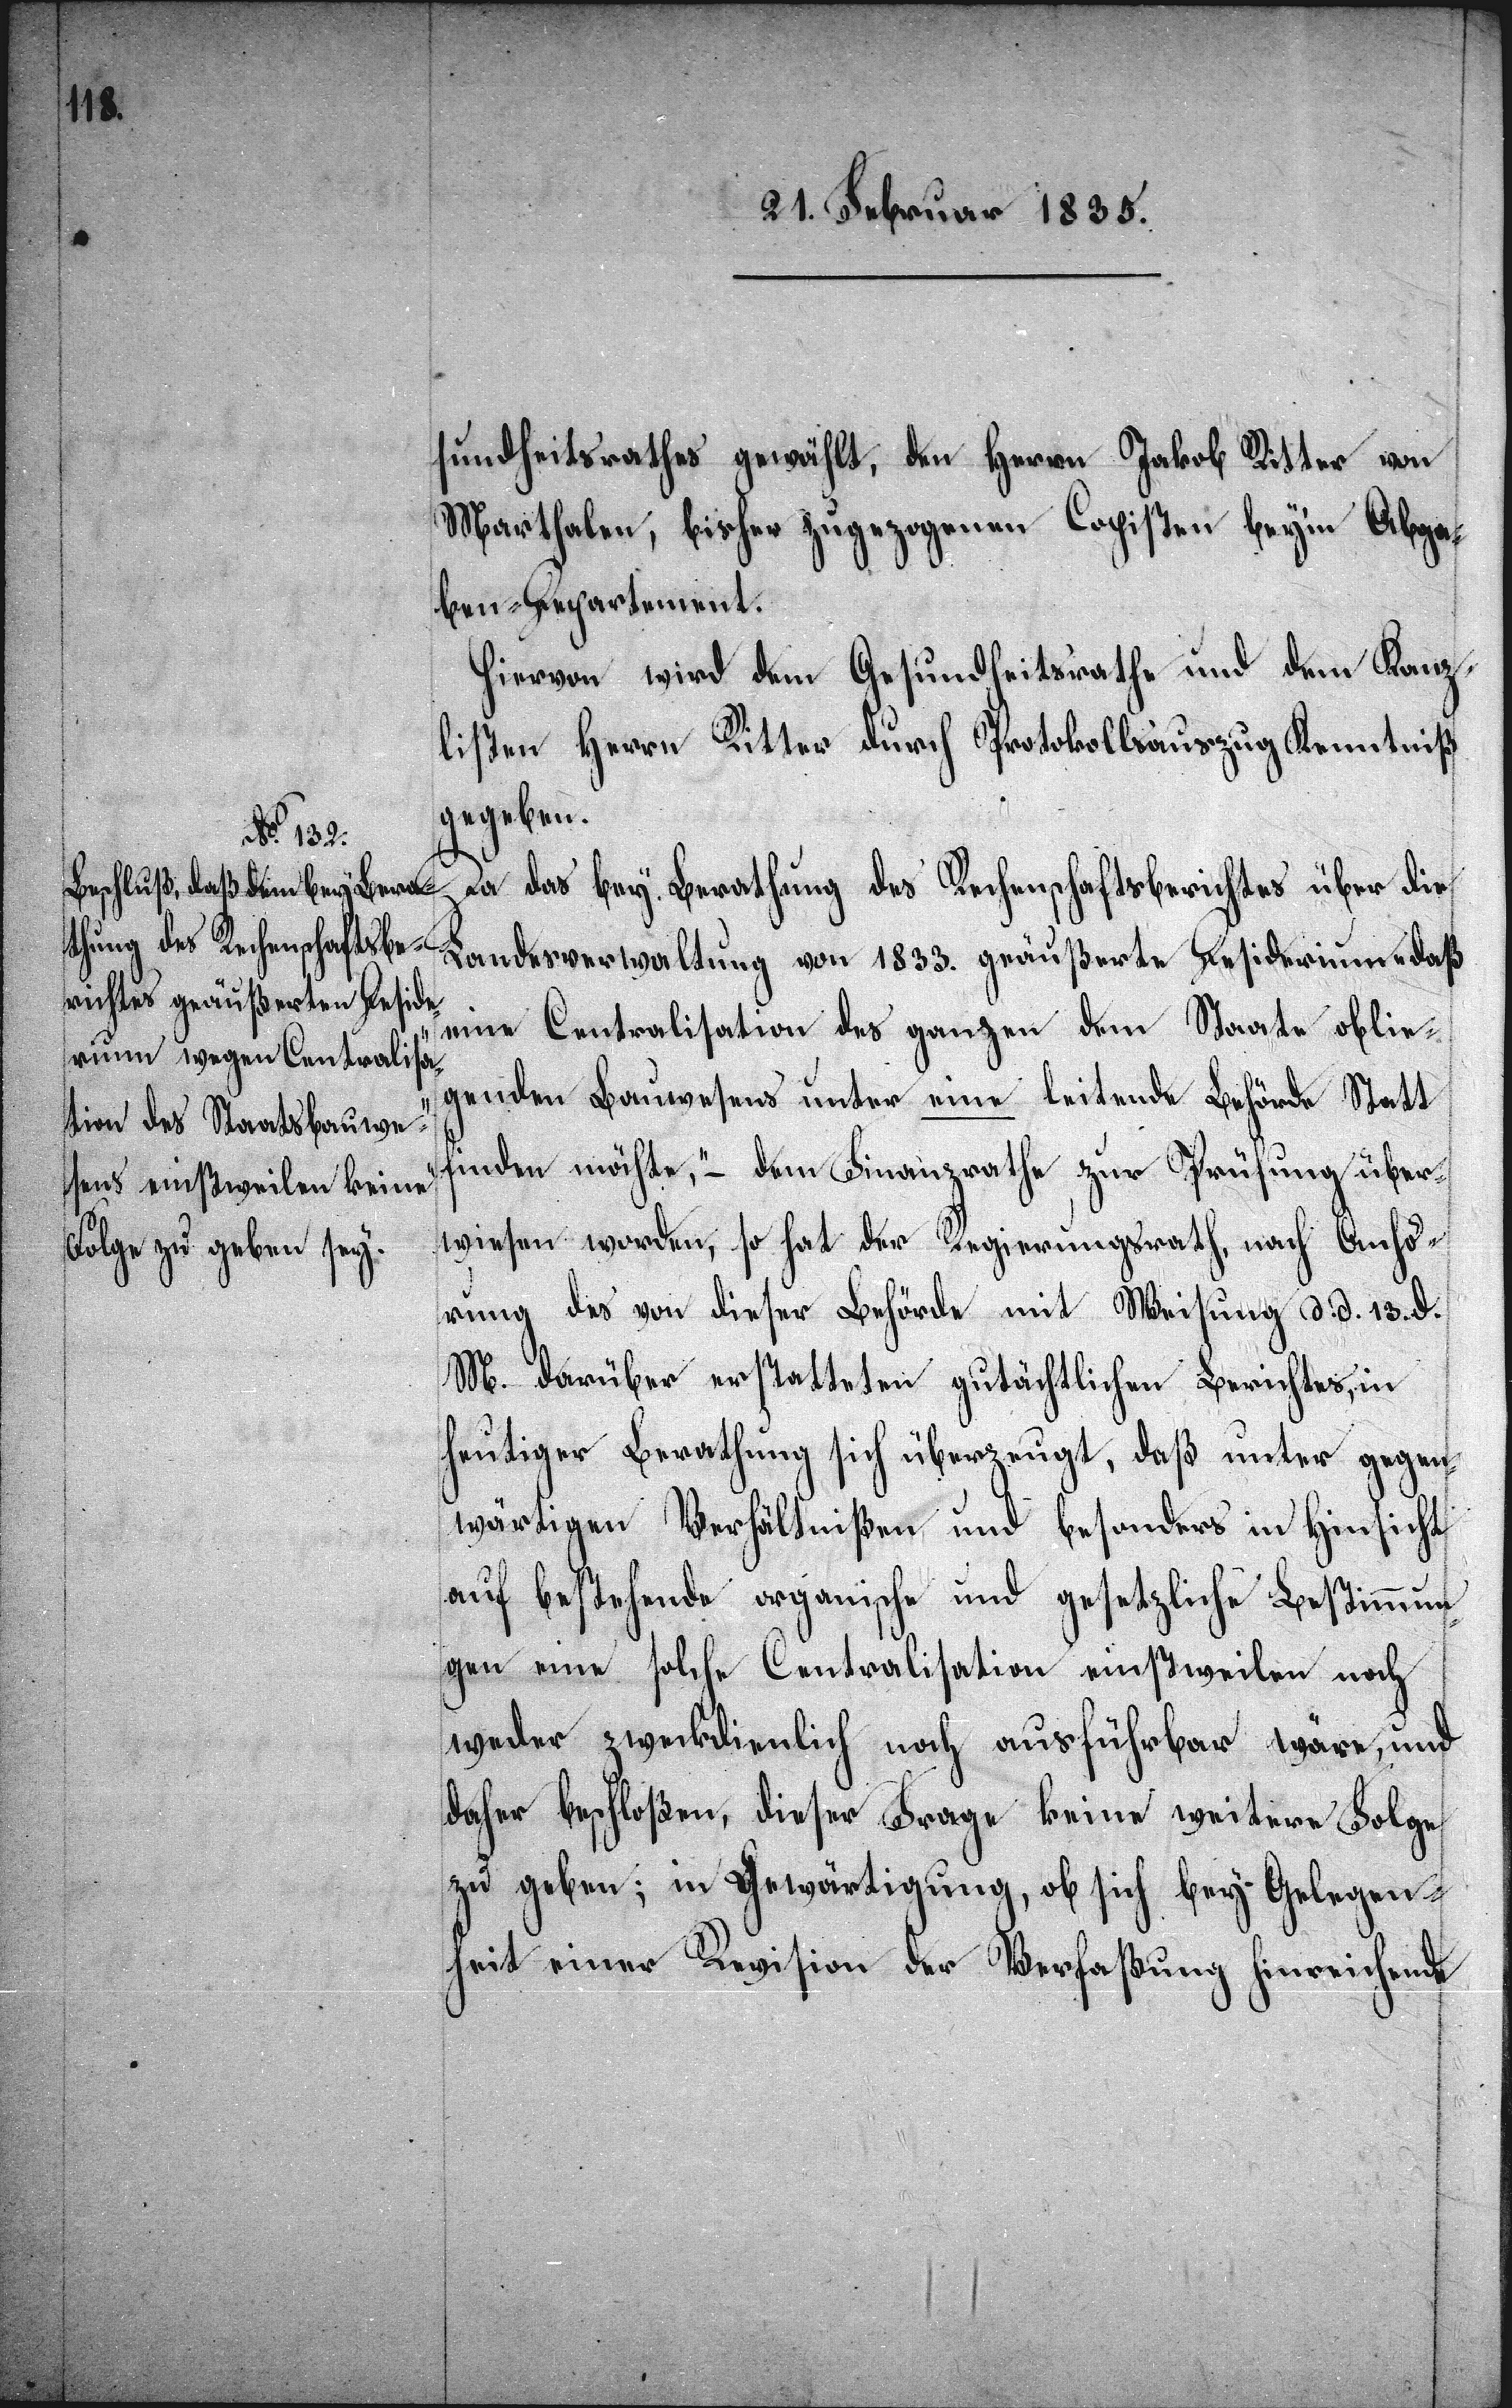
sundheitsrathes gewählt, den Herrn Jakob Ritter von
Marthalen, bisher zugezogenen Copisten bey’m Abga¬
ben-Departement.
Hiervon wird dem Gesundheitsrathe und dem Kanzli¬
sten Herrn Ritter durch Protokollsauszug Kenntniß
gegeben.
Da das bey Berathung des Rechenschaftsberichtes über die
Landesverwaltung von 1833. geäußerte Desiderium „daß
eine Centralisation des ganzen dem Staat oblie¬
genden Bauwesens unter eine leitende Behörde Statt
finden möchte,“ – dem Finanzrathe zur Prüfung über¬
wiesen worden, so hat der Regierungsrath, nach Anhö¬
rung des von dieser Behörde mit Weisung d. d. 13. d.
M. darüber erstatteten gutächtlichen Berichtes, in
heutiger Berathung sich überzeugt, daß unter gegen¬
wärtigen Verhältnißen und besonders in Hinsicht
auf bestehende organische und gesetzliche Bestimmun¬
gen eine solche Centralisation einstweilen noch
weder zweckdienlich noch ausführbar wäre, und
daher beschloßen, dieser Frage keine weitere Folge
zu geben; in Gewärtigung, ob sich bey Gelegen¬
heit einer Revision der Verfaßung hinreichende